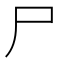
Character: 尸